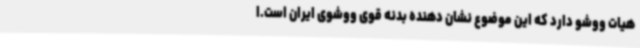
هیات ووشو دارد که این موضوع نشان دهنده بدنه قوی ووشوی ایران است.ا